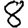
Digit: 8